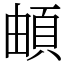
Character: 頔